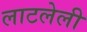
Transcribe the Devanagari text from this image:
लाटलेली